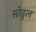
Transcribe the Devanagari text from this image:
सोढुल